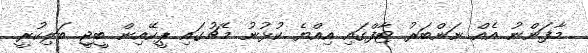
މާފަންނު އެއް ނަންބަރު ޓާފްގައި އިއްޔެ ކުޅުނު މެޗުގައި ޕީކޭއިން ބީޖީ ބަލިކުރީ